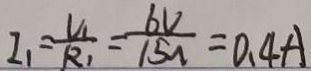
I _ { 1 } = \frac { V _ { 1 } } { R _ { 1 } } = \frac { 6 V } { 1 5 \Omega } = 0 . 4 A